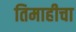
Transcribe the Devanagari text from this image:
तिमाहीचा